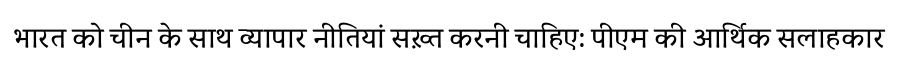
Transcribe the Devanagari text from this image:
भारत को चीन के साथ व्यापार नीतियां सख़्त करनी चाहिए: पीएम की आर्थिक सलाहकार